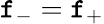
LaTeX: \mathtt{f}_{-}=\mathtt{f}_{+}